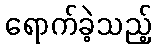
ရောက်ခဲ့သည့်